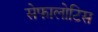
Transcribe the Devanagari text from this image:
सेफालोटिस